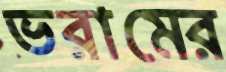
ভরামের